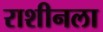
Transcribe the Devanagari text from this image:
राशीनला